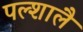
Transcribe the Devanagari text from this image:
पल्शालै